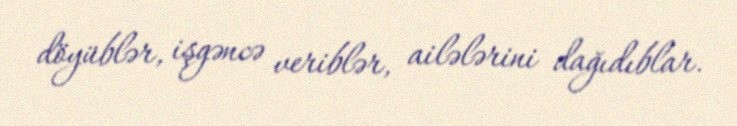
döyüblər, işgəncə veriblər, ailələrini dağıdıblar.